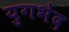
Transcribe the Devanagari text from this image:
युगभेद